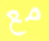
مع